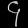
Digit: ၄